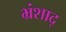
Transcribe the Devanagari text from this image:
भ्रंशाद्